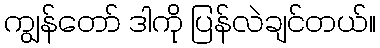
ကျွန်တော် ဒါကို ပြန်လဲချင်တယ်။